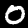
Digit: 0